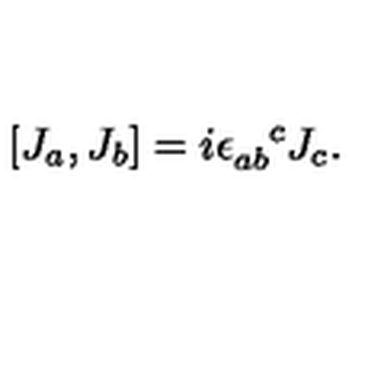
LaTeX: [ J _ { a } , J _ { b } ] = i \epsilon _ { a b } ^ { \phantom { a b } c } J _ { c } .